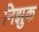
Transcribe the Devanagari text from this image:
निझुक